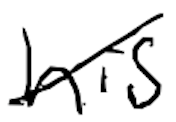
Text: his
Cross-out: mix
Writing tool: digital_black